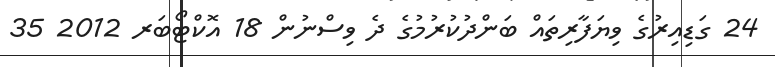
24 ގަޑިއިރުގެ ވިޔަފާރިތައް ބަންދުކުރުމުގެ ދެ ވިސްނުން 18 އޮކްޓޯބަރ 2012 35